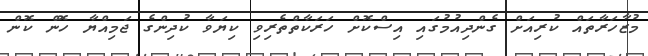
މުޒާހަރާތައް ކުރިއަށް ގެންދިއުމުގައި އިސްކޮށް ހަރަކާތްތެރިވި ކިޔަވާ ކުދިންގެ ޖަމިއްޔާ ހޮން ކޮން